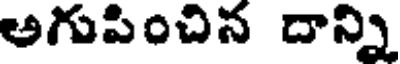
అగుపించిన దాన్ని